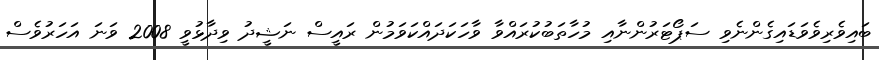
ބައިވެރިވެވަޑައިގެންނެވި ސަޕޯޓަރުންނާއި މުހާތަބުކުރައްވާ ވާހަކަދައްކަވަމުން ރައީސް ނަޝީދު ވިދާޅުވީ 2008 ވަނަ އަހަރުވެސް